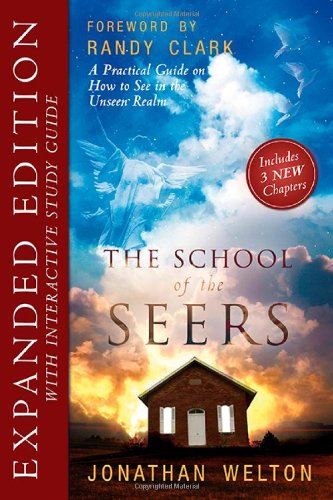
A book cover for The School of Seers Expanded Edition: A Practical Guide on How to See in The Unseen Realm; Jonathan Welton; Christian Books & Bibles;